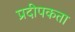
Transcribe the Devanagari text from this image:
प्रदीपकता